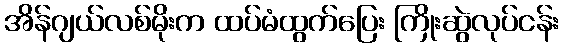
အိန်ဂျယ်လစ်မိုးက ထပ်မံထွက်ပြေး ကြိုးဆွဲလုပ်ငန်း